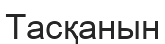
Тасқанын